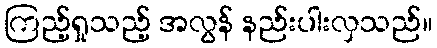
ကြည့်ရှုသည့် အလွန် နည်းပါးလှသည်။